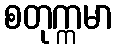
စတုက္ကမာ